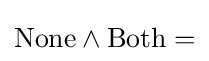
{\text{None}}\land {\text{Both}}=